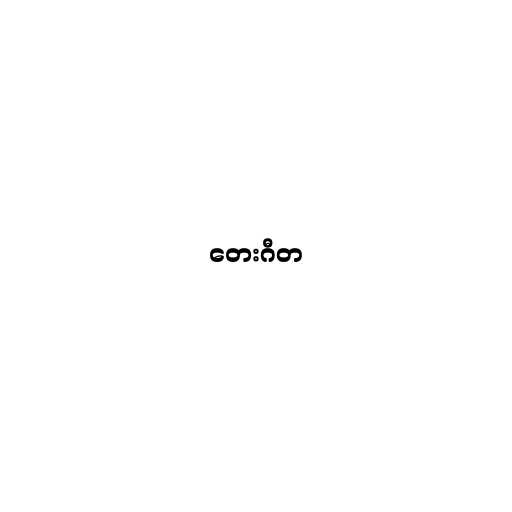
တေးဂီတ